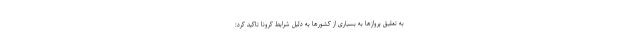
به تعلیق پرواز‌ها به بسیاری از کشور‌ها به دلیل شرایط کرونا تاکید کرد: